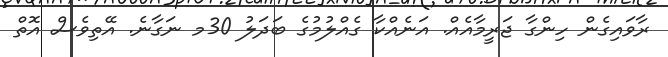
ރާވައިގެން ހިންގާ ޖަރީމާއެއް. އަނެއްކާ ގެއްލުމުގެ ބަދަލު 30މ ނަގާނެ. އޭތިވެސް އޮތް